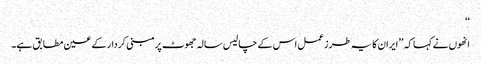
‘‘
انھوں نے کہا کہ ’’ایران کا یہ طرزعمل اس کے چالیس سالہ جھوٹ پرمبنی کردار کے عین مطابق ہے۔